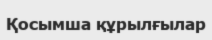
Қосымша құрылғылар